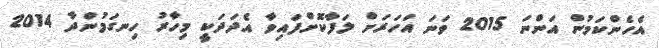
އެހެންކަމުން އަންނަ 2015 ވަނަ އަހަރަށް ލަފާކޮށްފައިވާ އެދަދަކީ މިހާރު ހިނގަމުންދާ 2014